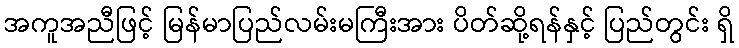
အကူအညီဖြင့် မြန်မာပြည်လမ်းမကြီးအား ပိတ်ဆို့ရန်နှင့် ပြည်တွင်း ရှိ